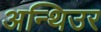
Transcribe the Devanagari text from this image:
अन्थिउर